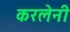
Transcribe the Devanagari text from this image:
करलेनी